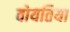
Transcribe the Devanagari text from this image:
वोयतिया